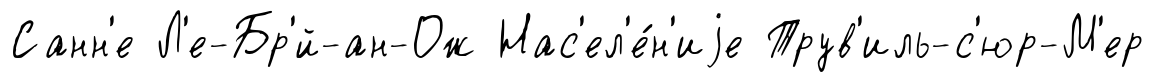
Санн'е Л'е-Бр'́й-ан-Ож Нас'ел'е́н'иjе Трув'иль-с'юр-М'ер